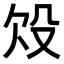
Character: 𣪄